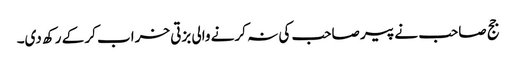
جج صاحب نے پیر صاحب کی نہ کرنے والی بزتی خراب کر کے رکھ دی۔